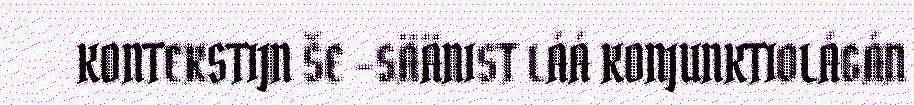
KONTEKSTIJN ŠE -SÄÄNIST LÁÁ KONJUNKTIOLÁGÁN